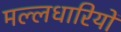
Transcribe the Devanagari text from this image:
मल्लधारियों